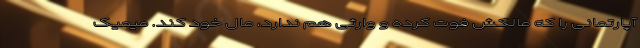
آپارتمانی را که مالکش فوت کرده و وارثی هم ندارد، مال خود کند. میمیک